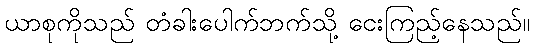
ယာစုကိုသည် တံခါးပေါက်ဘက်သို့ ငေးကြည့်နေသည်။